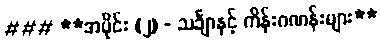
### **အပိုင်း (၂) - သင်္ချာနှင့် ကိန်းဂဏန်းများ**